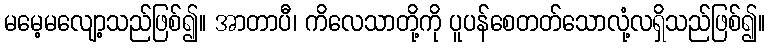
မမေ့မလျော့သည်ဖြစ်၍။ အာတာပီ၊ ကိလေသာတို့ကို ပူပန်စေတတ်သောလုံ့လရှိသည်ဖြစ်၍။